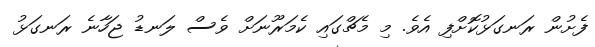
ފެށުން ރަނގަޅުކޮށްފި އެވެ. މި މެޗްގައި ކެމަރޫނަށް ވެސް ލަނޑު ޖަހާނެ ރަނގަޅު